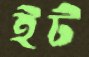
ইট